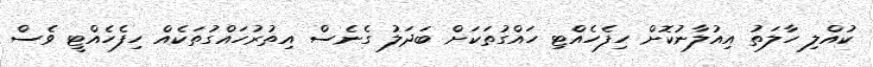
ކުއްލި ހާލަތު އިއުލާނުކޮށް ހިފެހެއްޓި ހައްގުތަކަށް ބަދަލު ގެނެސް އިތުރުހައްގުތަކެއް ހިފެހެއްޓީ ވެސް